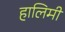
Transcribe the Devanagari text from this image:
हालिमी